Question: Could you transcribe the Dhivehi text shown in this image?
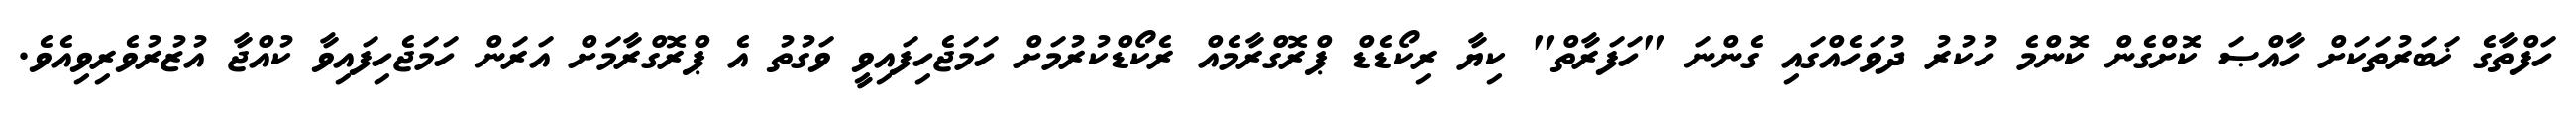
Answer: ހަފްތާގެ ޚަބަރުތަކަށް ހާއްޞަ ކޮށްގެން ކޮންމެ ހުކުރު ދުވަހެއްގައި ގެންނަ "ހަފަރާތް" ކިޔާ ރިކޯޑެޑް ޕްރޮގްރާމެއް ރެކޯޑްކުރުމަށް ހަމަޖެހިފައިވީ ވަގުތު އެ ޕްރޮގްރާމަށް އަރަން ހަމަޖެހިފައިވާ ކުއްޖާ އުޒުރުވެރިވިއެވެ.